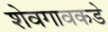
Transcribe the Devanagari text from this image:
शेवगावकडे